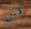
قبل